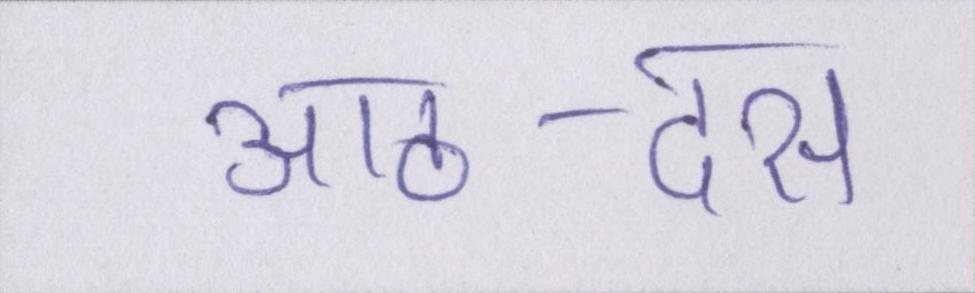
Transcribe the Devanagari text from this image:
आठ-दस